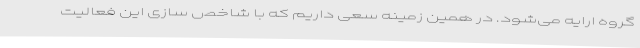
گروه ارایه می‌شود. در همین زمینه سعی داریم که با شاخص سازی این فعالیت